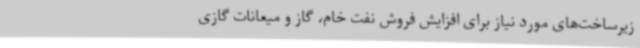
زیرساخت‌های مورد نیاز برای افزایش فروش نفت خام، گاز و میعانات گازی